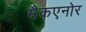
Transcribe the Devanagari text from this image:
मैकएनोर